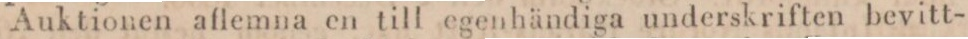
Auktionen aflemna en till egenhändiga underskriften bevitt-